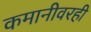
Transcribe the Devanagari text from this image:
कमानीवरही